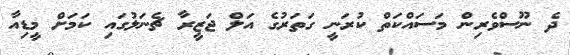
ދެ ނޫސްވެރިން މަސައްކަތް ކުރަނީ ގަތަރުގެ އަލް ޖަޒީރާ ޗެނަލުގައި ކަމަށް މީޑިއާ